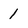
Character: 1